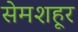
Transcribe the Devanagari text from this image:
सेमशहूर